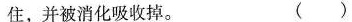
住，并被消化吸收掉。 ( )